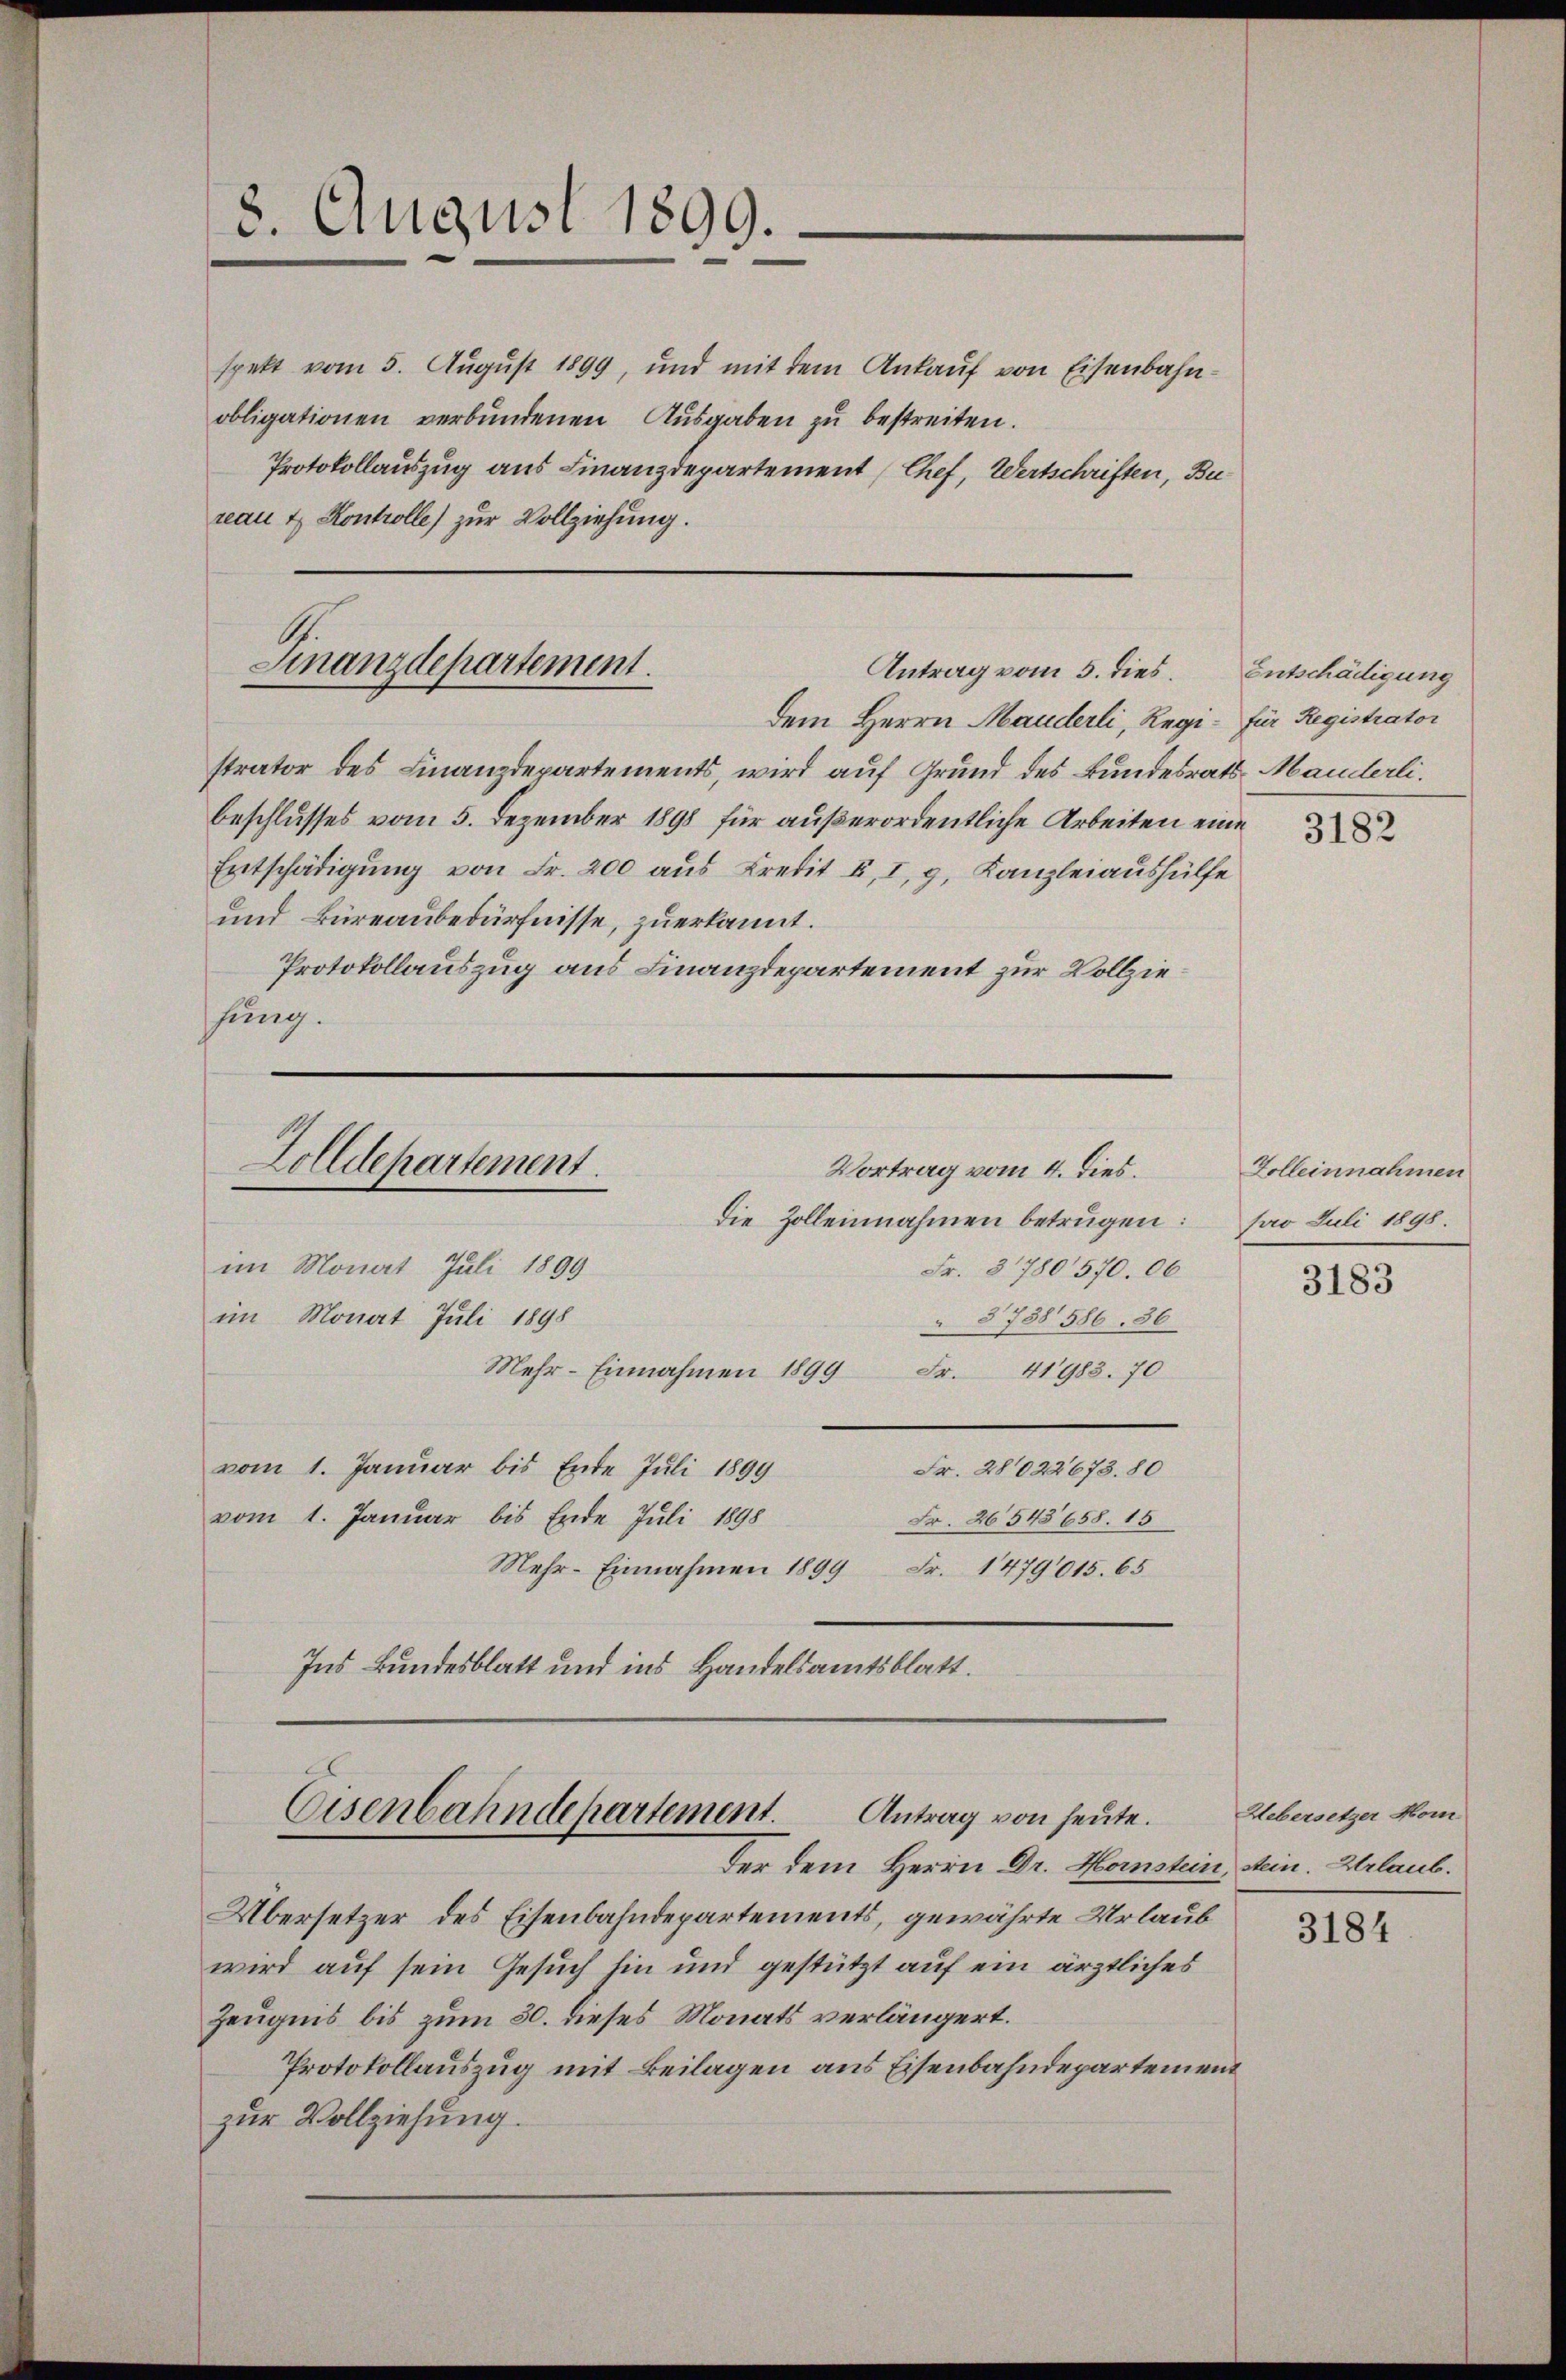
3. August 1899.

Finanzdepartement.
Antrag vom 5. dies

spekt vom 5. August 1899, und mit dem Ankauf von Eisenbahnobligationen verbundenen Ausgaben zu bestreiten.
Protokollauszug aus Finanzdepartement (Chef, Wertschriften, Bureau & Kontrolle) zur Vollziehung.

dem Herrn Manderli, Regi- für Registrator
strator des Finanzdepartements, wird auf Grund des Bundesrats-Manderli.
beschlusses vom 5. Dezember 1898 für außerordentliche Arbeiten eine
Entschädigung von Fr. 200 aus Kredit F. I, 9, Kanzleiaushülfe
und Büreaubedürfnisse, zuerkannt.
Protokollauszug aus Finanzdepartement zur Vollziefung.

Zolldepartement.
Vortrag vom 4. dies.
Die Zolleinnahmen betrügen:
im Monat Juli 1899
Fr. 3780570. 06
im Monat Juli 1898
 § 738 586. 36

Eisenbahndepartement.
Antrag von heute.
Der dem Herrn Dr. Hornstein, sein. Urlaub.

Mehr-Einnahmen 1899 Fr. 41983. 70
vom 1. Januar bis Ende Juli 1899
Fr. 28022673. 80
vom 1. Januar bis Ende Juli 1898
Fr. 26545658. 15
Mehr-Einnahmen 1899 Fr. 1479015. 65
Ins Bundesblatt und ins Handelsamtsblatt.

Übersetzer des Eisenbahndepartements, gewährte Urlaub
wird auf sein Gesuch hin und gestützt auf ein ärztliches
Zeugnis bis zum 30. dieses Monats verlängert.
Protokollauszug mit Beilagen aus Eisenbahndepartement
zur Vollziehung.

Entschädigung

3182

Zolleinnahmen
pro Juli 1898.

3183

Uebersetzer Mom

3184